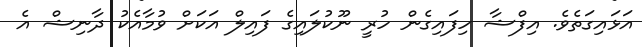
އަޅައިގަތެވެ. އިފްޝާ ހިފައިގެން ހުރީ ނޫކުލައިގެ ފައިލް އަކަށް ވުމާއެކު ދާނިޝް އެ